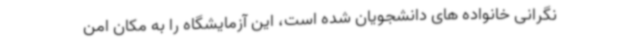
نگرانی خانواده های دانشجویان شده است، این آزمایشگاه را به مکان امن